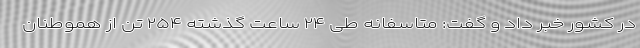
در کشور خبر داد و گفت: متاسفانه طی ۲۴ ساعت گذشته ۲۵۴ تن از هموطنان